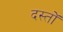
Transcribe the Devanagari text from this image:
दस्तोॅ